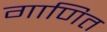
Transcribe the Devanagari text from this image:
गाणित